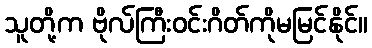
သူတို့က ဗိုလ်ကြီးဝင်းဂိတ်ကိုမမြင်နိုင်။